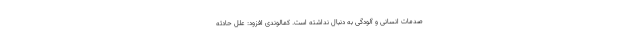
صدمات انسانی و آلودگی به دنبال نداشته است. کمالوندی افزود: علل حادثه